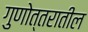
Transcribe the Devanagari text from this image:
गुणोत्तरातील